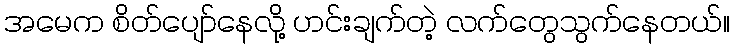
အမေက စိတ်ပျော်နေလို့ ဟင်းချက်တဲ့ လက်တွေသွက်နေတယ်။